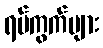
ရပ်ကွက်များ